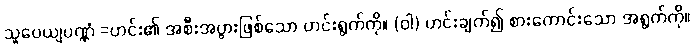
သူပေယျပဏ္ဏံ =ဟင်း၏ အစီးအပွားဖြစ်သော ဟင်းရွက်ကို။ (ဝါ) ဟင်းချက်၍ စားကောင်းသော အရွက်ကို။